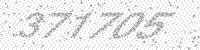
Solution: 371705